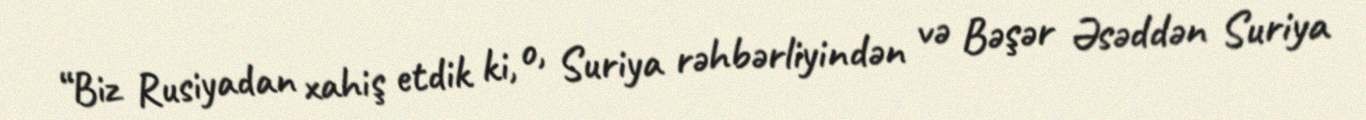
“Biz Rusiyadan xahiş etdik ki, o, Suriya rəhbərliyindən və Bəşər Əsəddən Suriya